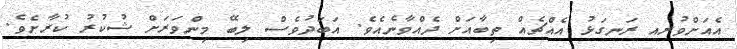
އެއަށްވުރއ ރަނގަޅު އެއްޗެއް ތިބާއަށް ދެއްވާނެއެވެ. އަބަދުވެސް ލިބޭ މިންވަރަށް ޝުކުރު ކުރާށެވެ.